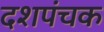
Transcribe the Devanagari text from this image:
दशपंचक